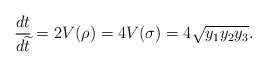
\begin{align*}\frac{dt}{d\widetilde{t}} = 2 V(\rho) = 4 V(\sigma) = 4\sqrt{y_1y_2y_3}.\end{align*}